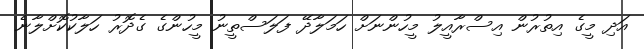
އަދި މީގެ އިތުރުން އިސްރާއީލު މީހުންނަށް ހަމަލާދޭ ފަލަސްތީނު މީހުންގެ ގެދޮރު ހަލާކުކޮށްލާނެ